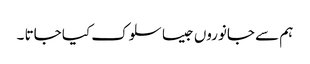
ہم سے جانوروں جیسا سلوک کیا جاتا ۔